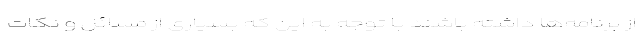
از برنامه‌ها داشته باشند با توجه به این که بسیاری از مسائل و نکات